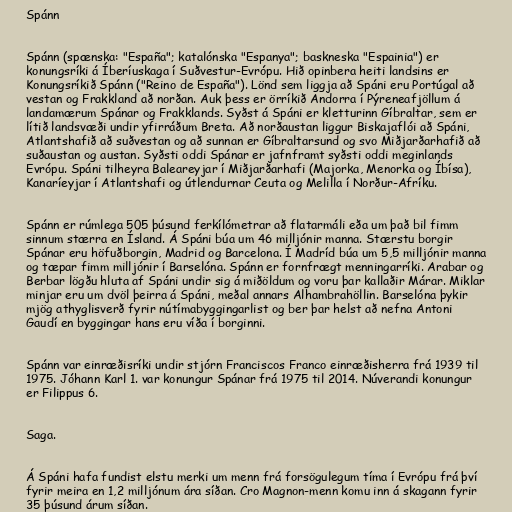
Spánn

Spánn (spænska: "España"; katalónska "Espanya"; baskneska "Espainia") er
konungsríki á Íberíuskaga í Suðvestur-Evrópu. Hið opinbera heiti landsins er
Konungsríkið Spánn ("Reino de España"). Lönd sem liggja að Spáni eru Portúgal að
vestan og Frakkland að norðan. Auk þess er örríkið Andorra í Pýreneafjöllum á
landamærum Spánar og Frakklands. Syðst á Spáni er kletturinn Gíbraltar, sem er
lítið landsvæði undir yfirráðum Breta. Að norðaustan liggur Biskajaflói að Spáni,
Atlantshafið að suðvestan og að sunnan er Gíbraltarsund og svo Miðjarðarhafið að
suðaustan og austan. Syðsti oddi Spánar er jafnframt syðsti oddi meginlands
Evrópu. Spáni tilheyra Baleareyjar í Miðjarðarhafi (Majorka, Menorka og Íbísa),
Kanaríeyjar í Atlantshafi og útlendurnar Ceuta og Melilla í Norður-Afríku.

Spánn er rúmlega 505 þúsund ferkílómetrar að flatarmáli eða um það bil fimm
sinnum stærra en Ísland. Á Spáni búa um 46 milljónir manna. Stærstu borgir
Spánar eru höfuðborgin, Madrid og Barcelona. Í Madríd búa um 5,5 milljónir manna
og tæpar fimm milljónir í Barselóna. Spánn er fornfrægt menningarríki. Arabar og
Berbar lögðu hluta af Spáni undir sig á miðöldum og voru þar kallaðir Márar. Miklar
minjar eru um dvöl þeirra á Spáni, meðal annars Alhambrahöllin. Barselóna þykir
mjög athyglisverð fyrir nútímabyggingarlist og ber þar helst að nefna Antoni
Gaudí en byggingar hans eru víða í borginni.

Spánn var einræðisríki undir stjórn Franciscos Franco einræðisherra frá 1939 til
1975. Jóhann Karl 1. var konungur Spánar frá 1975 til 2014. Núverandi konungur
er Filippus 6.

Saga.

Á Spáni hafa fundist elstu merki um menn frá forsögulegum tíma í Evrópu frá því
fyrir meira en 1,2 milljónum ára síðan. Cro Magnon-menn komu inn á skagann fyrir
35 þúsund árum síðan.